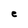
Character: e